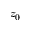
z _ { 0 }